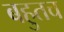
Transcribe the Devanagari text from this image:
बहुतच